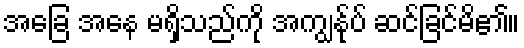
အခြေ အနေ မရှိသည်ကို အကျွန်ုပ် ဆင်ခြင်မိ၏။